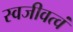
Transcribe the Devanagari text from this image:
स्वजीवत्वं